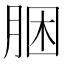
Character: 㬷